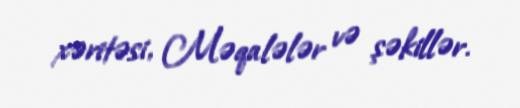
xəritəsi, Məqalələr və şəkillər.